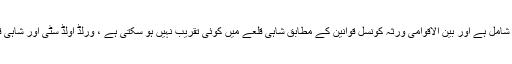
یہاں یہ امر قابل ذکر ہے کہ شاہی قلعہ بین الاقوامی ورثہ کونسل میں شامل ہے اور بین الاقوامی ورثہ کونسل قوانین کے مطابق شاہی قلعے میں کوئی تقریب نہیں ہو سکتی ہے ، ورلڈ اولڈ سٹی اور شاہی قلعہ انتظامیہ نے سیاسی دباﺅ اور رشوت کے عوض اجازت دی ہے ۔